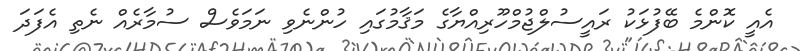
އެއީ ކޮންމެ ބޭފުޅަކު ރައީސުލްޖުމްހޫރިއްޔާގެ މަޤާމުގައި ހުންނެވި ނަމަވެސް ސުމާރެއް ނެތި އެފަދަ